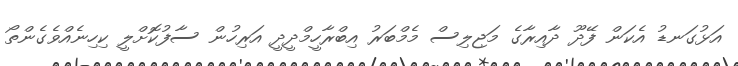
އަޅުގަނޑު އެކަން ފޭދޫ ދާއިރާގެ މަޖިލިސް މެމްބަރު އިބްރާހީމްދީދީ އަރިހުން ސާފުކޮށްލީ ކިހިނެއްވެގެންތޯ